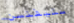
ستيفنسن